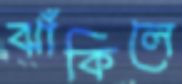
ঝাঁকিলে